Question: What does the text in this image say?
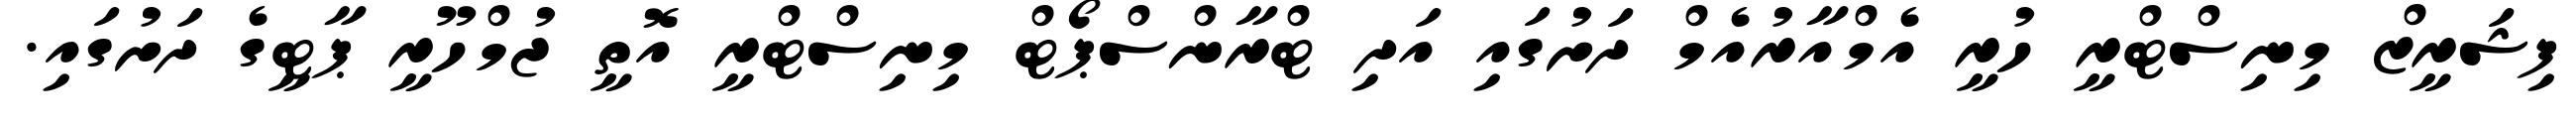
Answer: ފިޝަރީޒް މިނިސްޓްރީ ހުރީ އެމްއާރުއެމް ދަށުގައި އަދި ޓްރާންސްޕޯޓް މިނިސްޓްރީ އޮތީ ޖުމްހޫރީ ޕާޓީގެ ދަށުގައި.